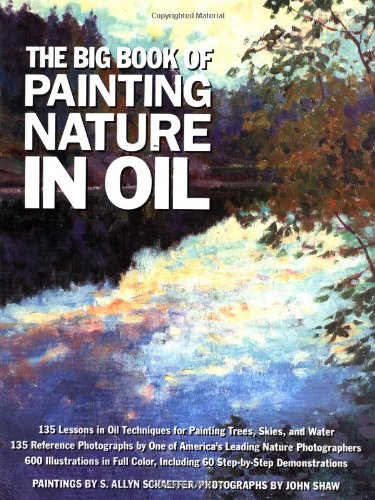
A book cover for The Big Book of Painting Nature in Oil; S. Allyn Schaeffer; Arts & Photography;